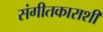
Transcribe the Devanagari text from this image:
संगीतकाराशी